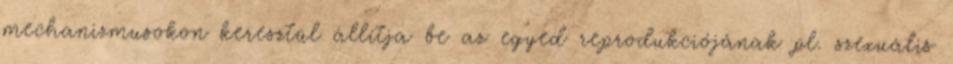
mechanizmusokon keresztül állítja be az egyed reprodukciójának pl. szexuális